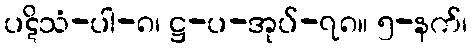
ပဋိသံ-ပါ-၈၊ ဋ္ဌ-ပ-အုပ်-၇၈။ ၅-နက်၊